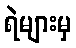
ရဲများမှ